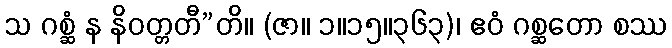
သ ဂစ္ဆံ န နိဝတ္တတီ”တိ။ (ဇာ။ ၁။၁၅။၃၆၃)၊ ဧဝံ ဂစ္ဆတော စဿ